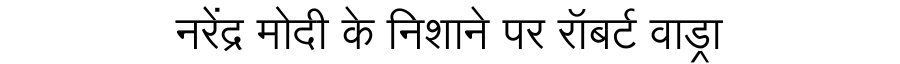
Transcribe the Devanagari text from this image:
नरेंद्र मोदी के निशाने पर रॉबर्ट वाड्रा